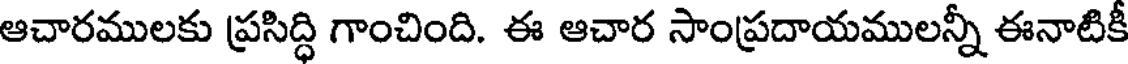
ఆచారములకు ప్రసిద్ధి గాంచింది. ఈ ఆచార సాంప్రదాయములన్నీ ఈనాటికీ